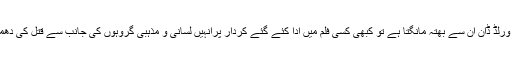
بالی ووڈ کے ستاروں کو آئے روز دھمکیاں ملتی رہتی ہیں، کبھی کوئی انڈر ورلڈ ڈان ان سے بھتہ مانگتا ہے تو کبھی کسی فلم میں ادا کئے گئے کردار پرانہیں لسانی و مذہبی گروہوں کی جانب سے قتل کی دھمکیاں ملتی ہیں، یہاں تک کہ ان کے قتل پرانعام تک کا اعلان کردیا جاتا ہے ۔